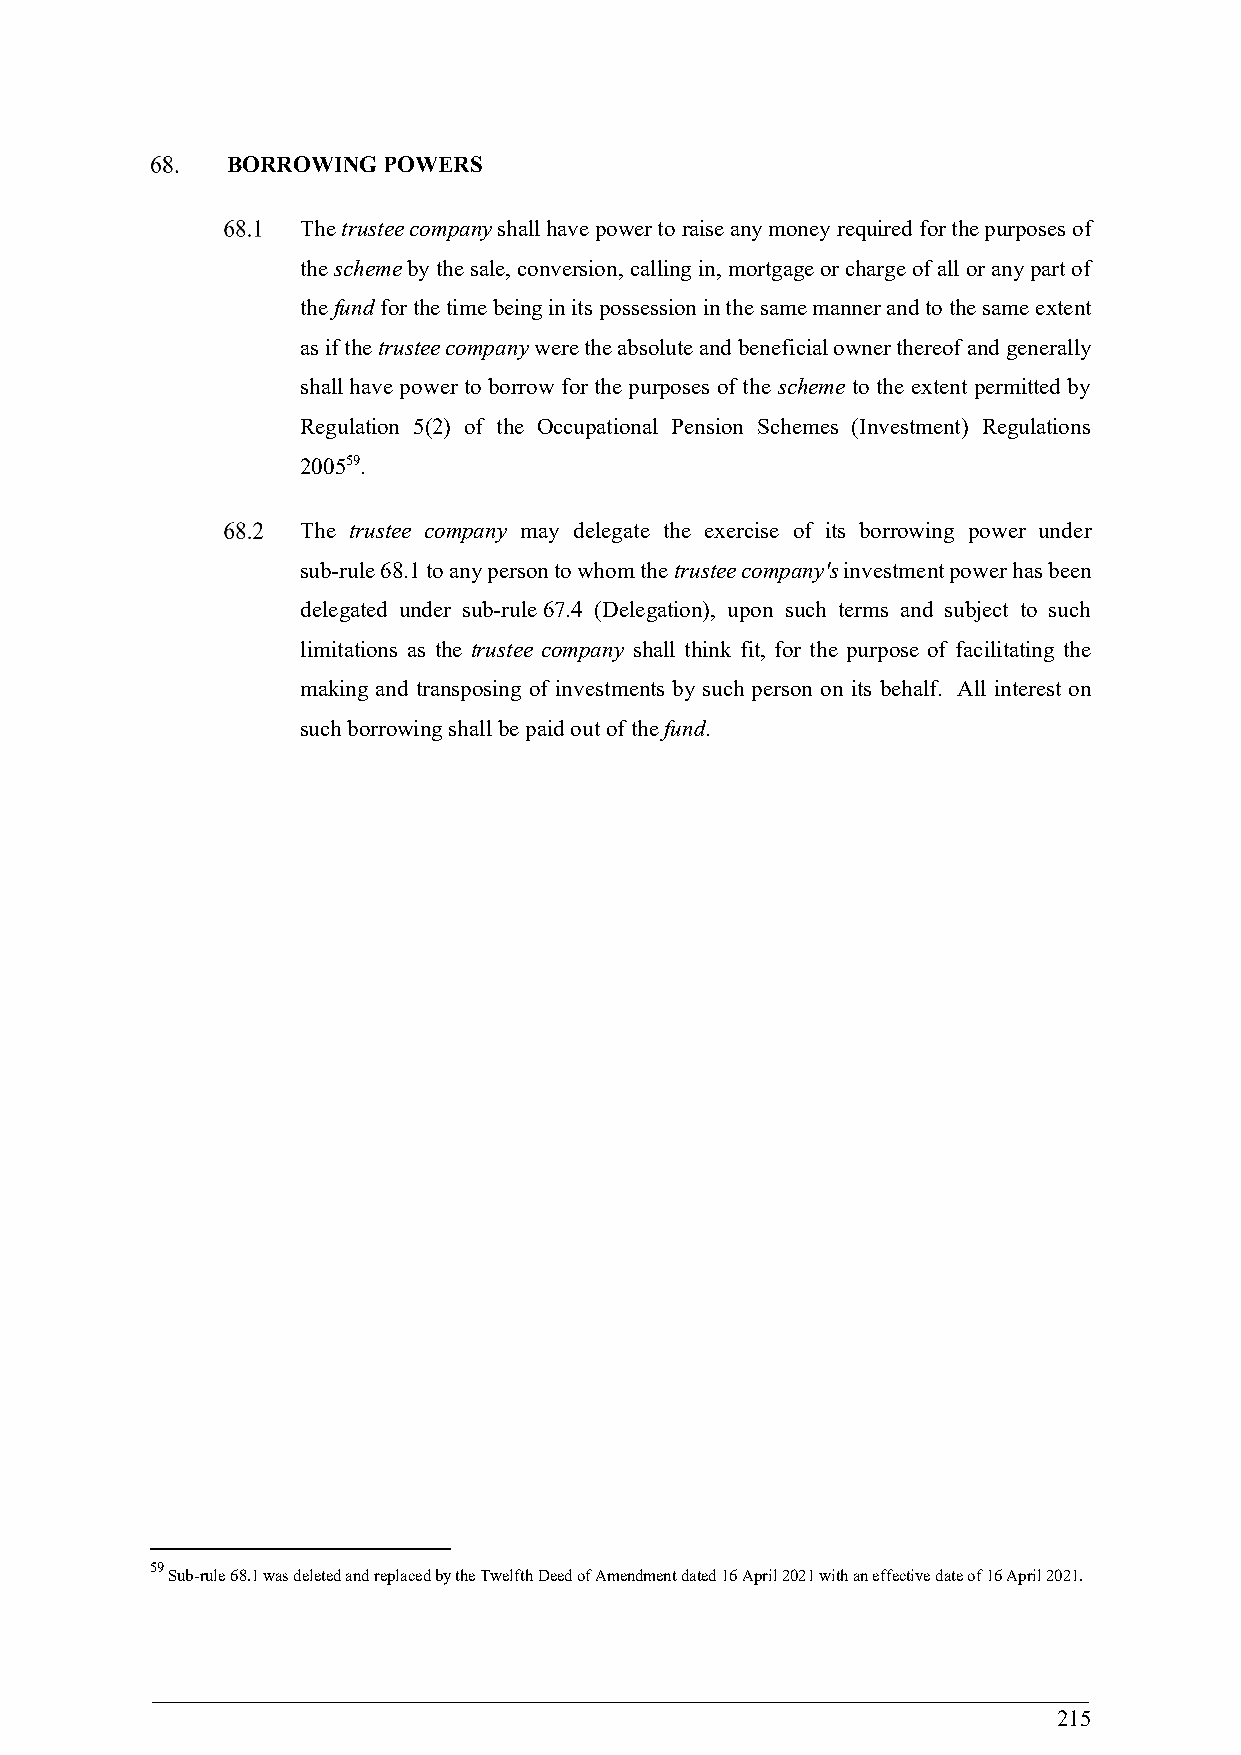
BORROWING POWERS
 The trustee company shall have power to raise any money required for the purposes of
 the scheme by the sale, conversion, calling in, mortgage or charge of all or any part of
 the fund for the time being in its possession in the same manner and to the same extent
 as if the trustee company were the absolute and beneficial owner thereof and generally
 shall have power to borrow for the purposes of the scheme to the extent permitted by
 Regulation 5(2) of the Occupational Pension Schemes (Investment) Regulations
 200559.
 The trustee company may delegate the exercise of its borrowing power under
 sub-rule 68.1 to any person to whom the trustee company's investment power has been
 delegated under sub-rule 67.4 (Delegation), upon such terms and subject to such
 limitations as the trustee company shall think fit, for the purpose of facilitating the
 making and transposing of investments by such person on its behalf. All interest on
 such borrowing shall be paid out of the fund.
 59
 Sub-rule 68.1 was deleted and replaced by the Twelfth Deed of Amendment dated 16 April 2021 with an effective date of 16 April 2021.
 215